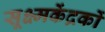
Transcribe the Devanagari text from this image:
सूक्ष्मकेंद्रकों